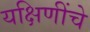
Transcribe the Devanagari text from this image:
यक्षिणींचे